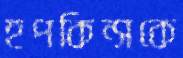
হপকিন্সকে